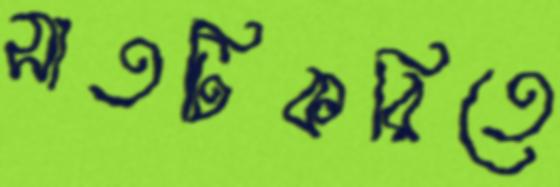
সাতটিকরিতে